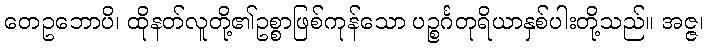
တေဥဘောပိ၊ ထိုနတ်လူတို့၏ဥစ္စာဖြစ်ကုန်သော ပဉ္စင်္ဂတုရိယာနှစ်ပါးတို့သည်။ အဇ္ဇ၊